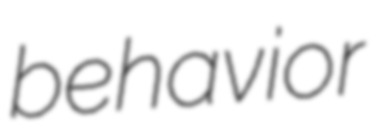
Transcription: behavior